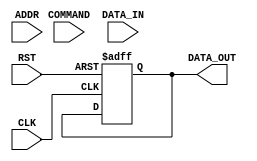
module DDR_SDRAM_Controller (
  input wire CLK,
  input wire RST,
  input wire [13:0] ADDR,
  input wire [1:0] COMMAND,
  input wire [15:0] DATA_IN,
  output wire [15:0] DATA_OUT
);

// Define internal signals
reg [15:0] internal_data_out;

// Sequential logic block
always @(posedge CLK or posedge RST) begin
  if (RST) begin
    // Reset values
    internal_data_out <= 16'b0;
  end else begin
    // Implement DDR SDRAM controller logic
    // Include address decoding, command generation,
    // data transfer sequencing, and refresh operations
    case (COMMAND)
      // Handle different commands
    endcase
  end
end

// Assign data output
assign DATA_OUT = internal_data_out;

endmodule